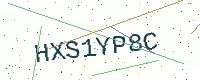
Text: HXS1YP8C